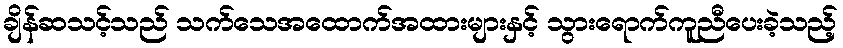
ချိန်ဆသင့်သည် သက်သေအထောက်အထားများနှင့် သွားရောက်ကူညီပေးခဲ့သည့်